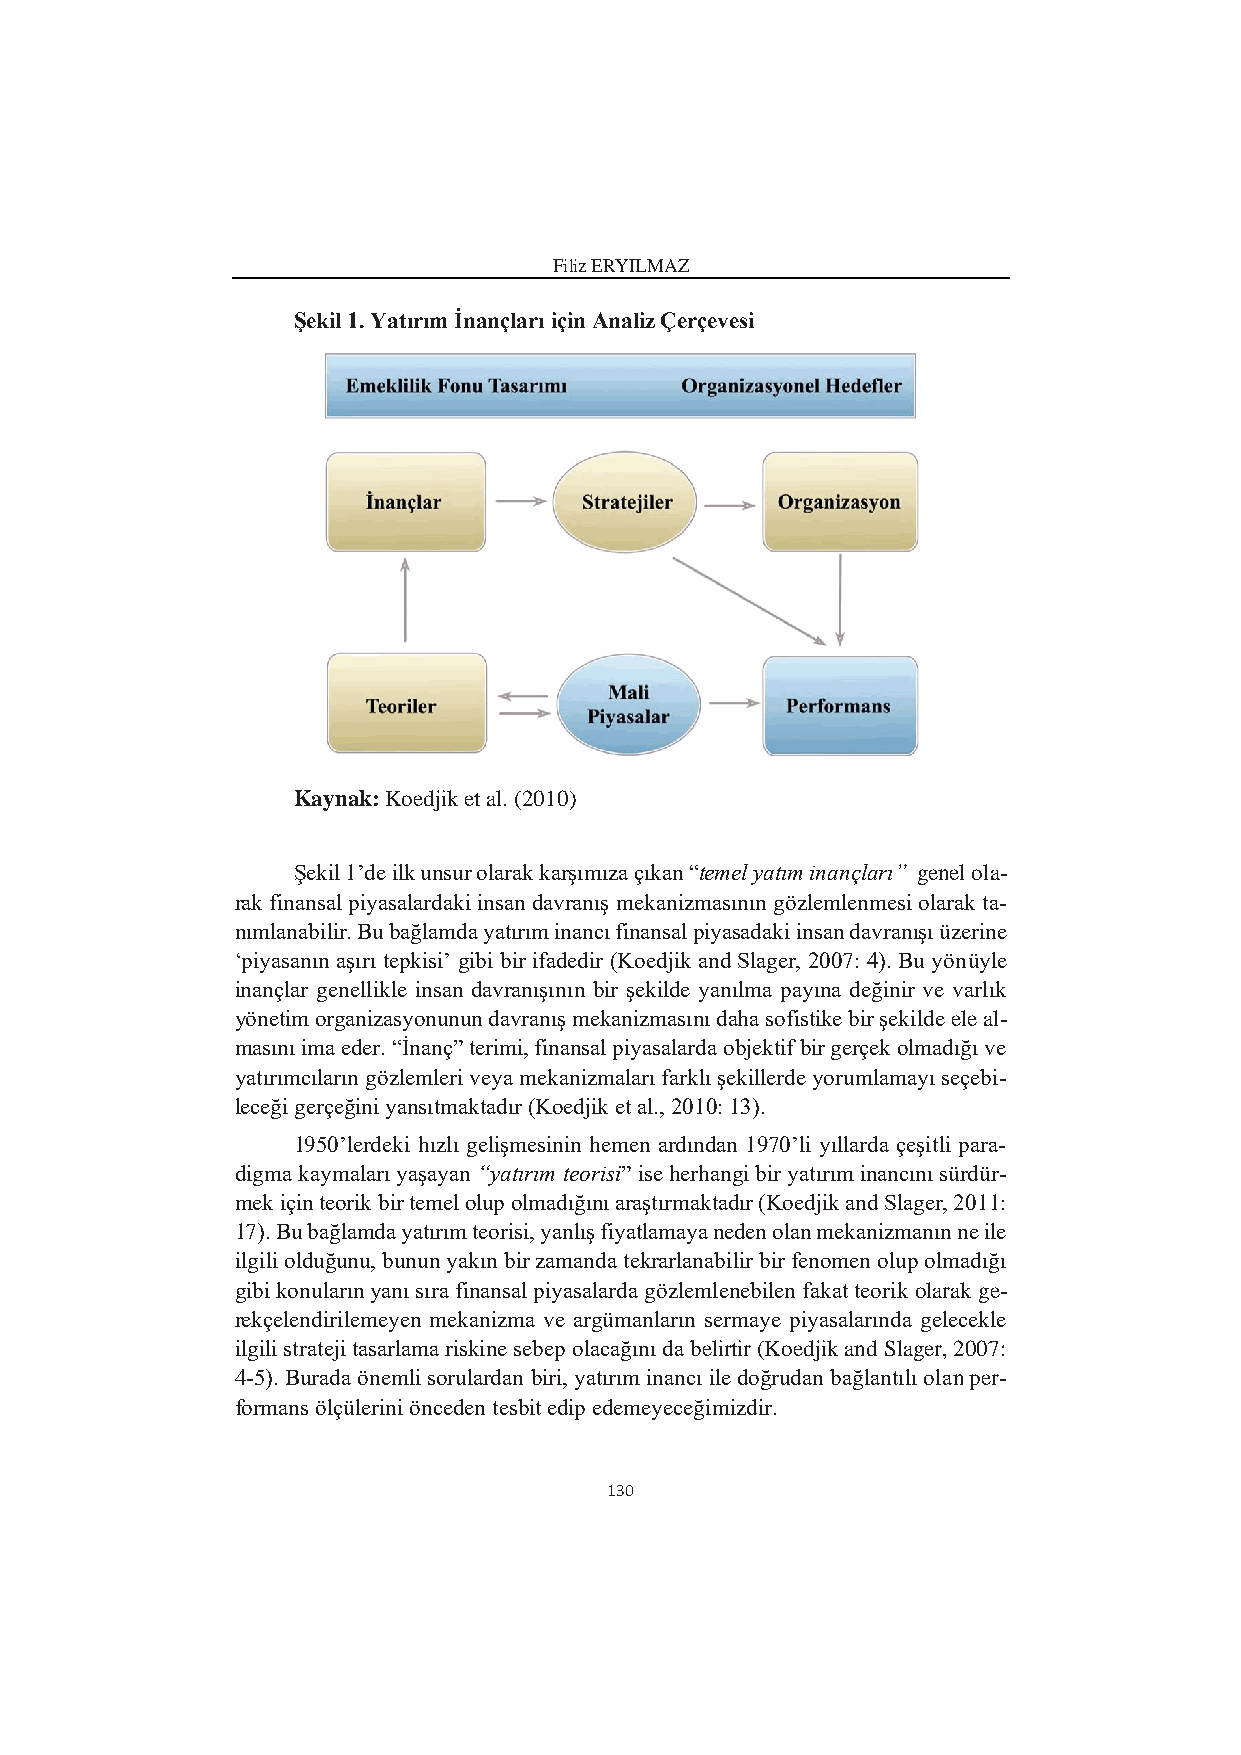
Filiz ERYILMAZ
 Şekil 1. Yatırım İnançları için Analiz Çerçevesi
 Kaynak: Koedjik et al. (2010)
 Şekil 1’de ilk unsur olarak karşımıza çıkan “temel yatım inançları” genel ola-
 rak finansal piyasalardaki insan davranış mekanizmasının gözlemlenmesi olarak ta-
 nımlanabilir. Bu bağlamda yatırım inancı finansal piyasadaki insan davranışı üzerine
 ‘piyasanın aşırı tepkisi’ gibi bir ifadedir (Koedjik and Slager, 2007: 4). Bu yönüyle
 inançlar genellikle insan davranışının bir şekilde yanılma payına değinir ve varlık
 yönetim organizasyonunun davranış mekanizmasını daha sofistike bir şekilde ele al-
 masını ima eder. “İnanç” terimi, finansal piyasalarda objektif bir gerçek olmadığı ve
 yatırımcıların gözlemleri veya mekanizmaları farklı şekillerde yorumlamayı seçebi-
 leceği gerçeğini yansıtmaktadır (Koedjik et al., 2010: 13).
 1950’lerdeki hızlı gelişmesinin hemen ardından 1970’li yıllarda çeşitli para-
 digma kaymaları yaşayan “yatırım teorisi” ise herhangi bir yatırım inancını sürdür-
 mek için teorik bir temel olup olmadığını araştırmaktadır (Koedjik and Slager, 2011:
 17). Bu bağlamda yatırım teorisi, yanlış fiyatlamaya neden olan mekanizmanın ne ile
 ilgili olduğunu, bunun yakın bir zamanda tekrarlanabilir bir fenomen olup olmadığı
 gibi konuların yanı sıra finansal piyasalarda gözlemlenebilen fakat teorik olarak ge-
 rekçelendirilemeyen mekanizma ve argümanların sermaye piyasalarında gelecekle
 ilgili strateji tasarlama riskine sebep olacağını da belirtir (Koedjik and Slager, 2007:
 4-5). Burada önemli sorulardan biri, yatırım inancı ile doğrudan bağlantılı olan per-
 formans ölçülerini önceden tesbit edip edemeyeceğimizdir.
 130